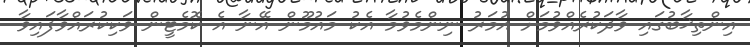
އިންތިޚާބުގައި ވާދަކުރެއްވުމަށް އުމަރު ނިންމެވުމާ އެކު މައުމޫން އޭނާ އެ ކޮމެޓީން ވަކިކުރައްވާފައިވާ